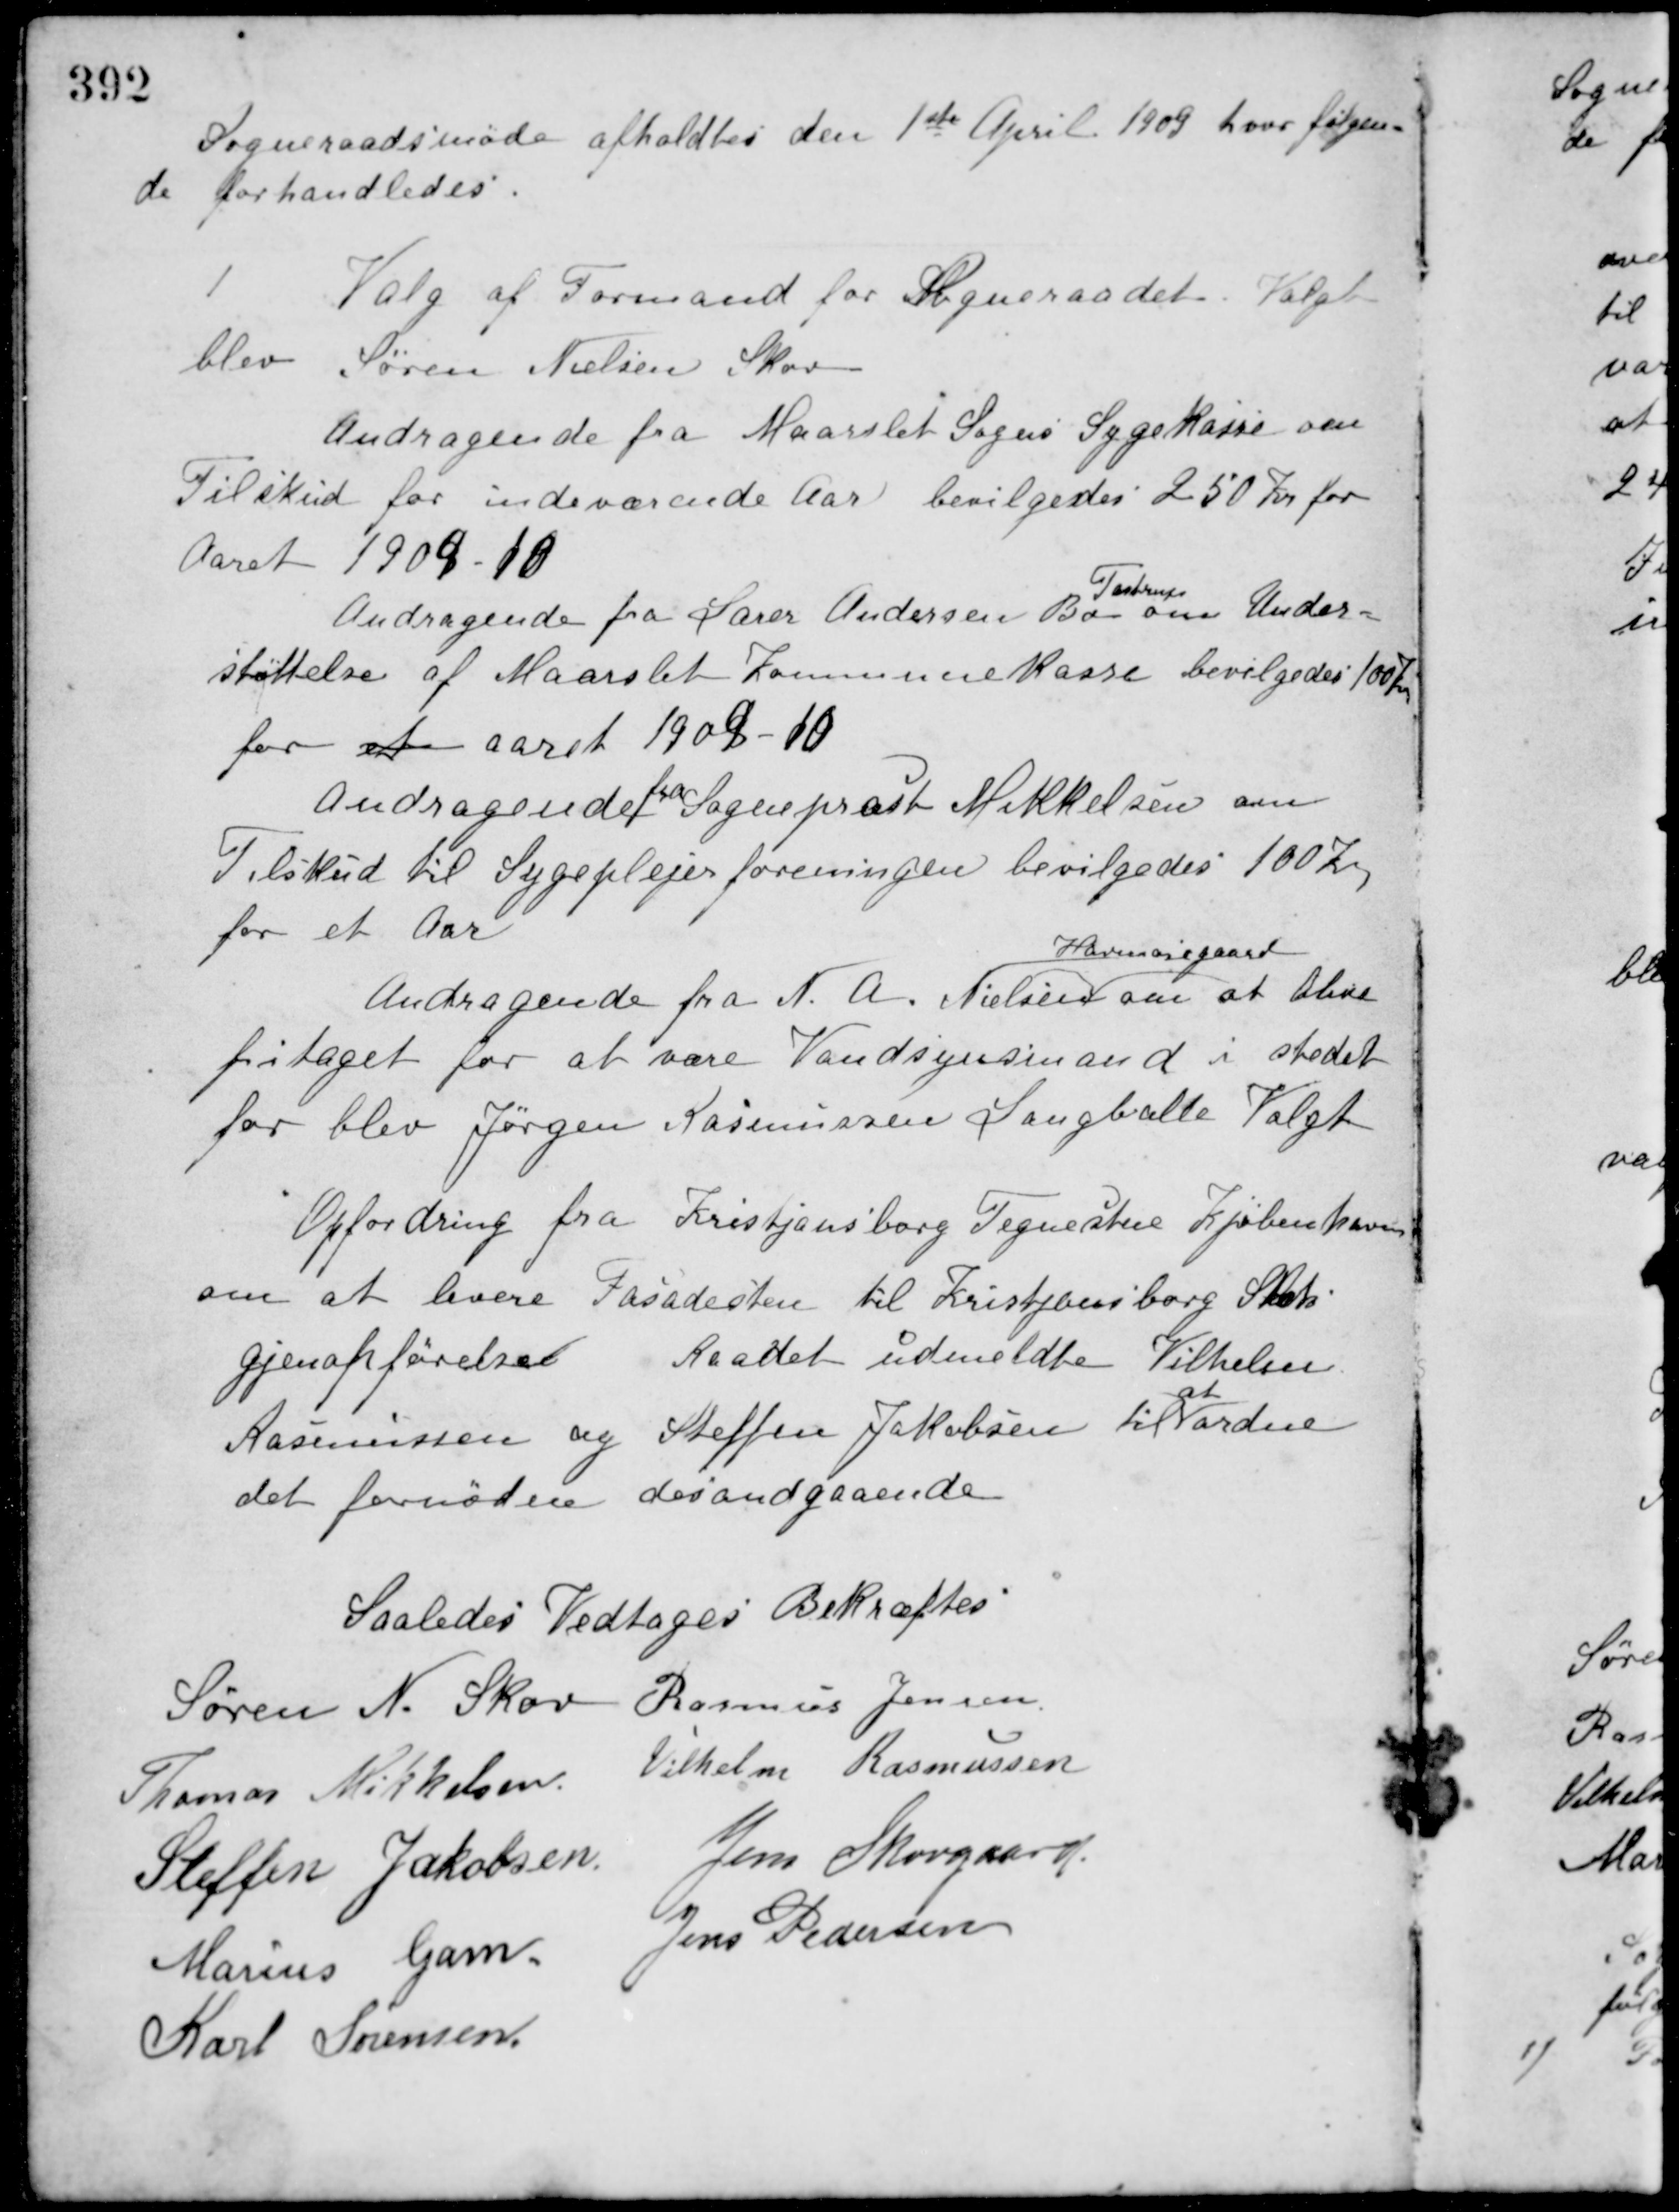
Transskription:
Sogneraadsmøde afholdtes den 1ste April 1909 hvor følgen-
de forhandledes.
1
Valg af Formand for Sogneraadet. Valgt
blev Søren Nielsen Skov.
Andragende fra Maarslet Sogns Sygekasse om
Tilskud for indeværende Aar bevilgedes 250 Kr. for
Aaret 1909-10.
Andragende fra Lærer Andersen Bo
Testrup
om Under-
støttelse af Maarslet Kommunekasse bevilgedes 100 Kr.
for et aaret 1909-10.
Andragende fra Sognepræst Mikkelsen om
Tilskud til Sygeplejerforeningen bevilgedes 100 Kr.
for et Aar.
Andragende fra N. A. Nielsen
Havmosegaard
om at blive
fritaget for at være Vandsynsmand i stedet
for blev Jørgen Rasmussen Langballe Valgt.
Opfordring fra Kristjansborg Tegnestue Kjøbenhavn
om at levere Fasadesten til Kristjansborg Slots
gjenopførelse. Raadet udmeldte Vilhelm
Rasmussen og Steffen Jakobsen til
at
ordne
det fornøden desandgaaende.
Saaledes Vedtaget Bekræftes
Søren N. Skov Rasmus Jensen
Thomas Mikkelsen
Vilhelm Rasmussen
Steffen Jakobsen
Jens Skovgaard
Marius Gam
Jens Pedersen
Karl Sørensen